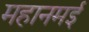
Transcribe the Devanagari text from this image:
महानमई